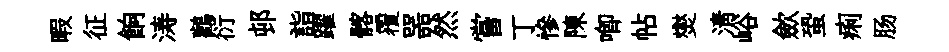
暇征餉涛鸛衍邨詣躍髂覆噐然嘗丁慘陳唧帖爕淸峪歛蛩痢肠